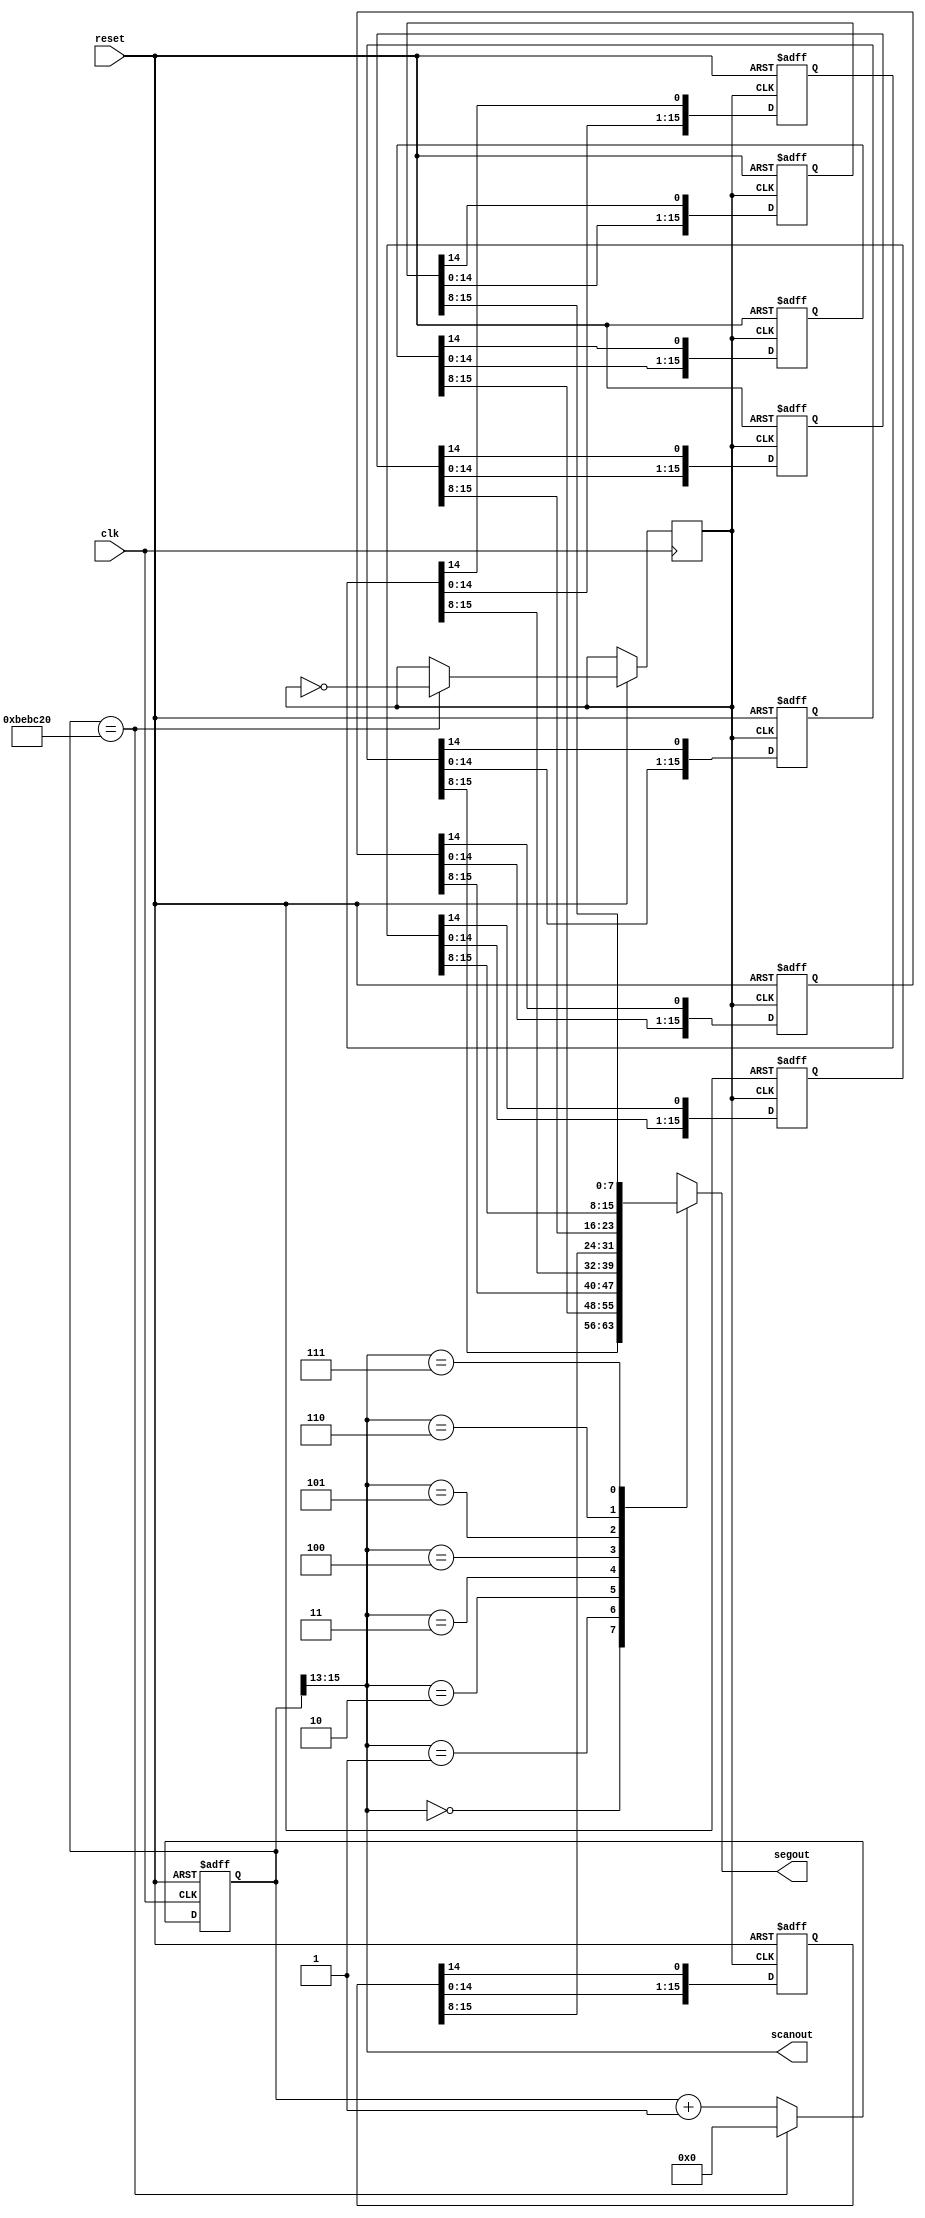
module matrix8x8Rotate_Horizontal (clk,reset,segout,scanout);

input clk,reset;
output reg[7:0] segout;
output reg[2:0] scanout;

reg[25:0] cnt_scan;
reg[3:0] i=0;

reg clk1;
reg [15:0] q[0:7] ;
reg [7:0] dispreg;
	
	//------------------ clock running -----------------------
	always@(posedge clk or negedge reset) begin
		if(!reset) begin
			cnt_scan<=0;
		end
		else begin
			cnt_scan<=cnt_scan+1;
			if (cnt_scan == 12500000) begin
				cnt_scan <=0;
				clk1 = ~clk1;
			end
		end
	end
	
	//---------modify display digit ----------
	always @(posedge clk1 , negedge reset) begin
		if (reset == 0) begin
			q[0] = 16'b1111111111111111;
			q[1] = 16'b1000000111101111;
			q[2] = 16'b1110111111101111;
			q[3] = 16'b1000000100000000;
			q[4] = 16'b1110110111011011;
			q[5] = 16'b1101110110111101;
			q[6] = 16'b1101110101111110;
			q[7] = 16'b0000000001111110;
		end
		else begin
			for(i=0;i<8;i=i+1) begin
				q[i] = q[i]<< 1;
				q[i][0] <= q[i][15];
			end
		end
	end
	//-----------scan and display 7-SEG-------------
	always@(cnt_scan[15:13]) begin
		scanout <= cnt_scan[15:13];
	end

	always@(scanout) begin
		case(scanout)
			0: segout=q[0][15:8];
			1: segout=q[1][15:8];
			2: segout=q[2][15:8];
			3: segout=q[3][15:8];
			4: segout=q[4][15:8];
			5: segout=q[5][15:8];
			6: segout=q[6][15:8];
			7: segout=q[7][15:8];
		default:
			segout=8'b11111111;
		endcase
	end

endmodule